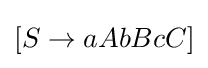
\left[S\rightarrow aAbBcC\right]